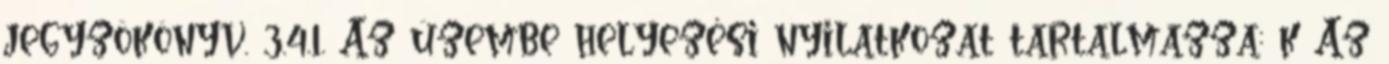
jegyzõkönyv. 3.4.1. Az üzembe helyezési nyilatkozat tartalmazza: k Az